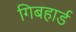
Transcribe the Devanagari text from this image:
गिबहार्ड